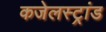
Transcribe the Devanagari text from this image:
कजेलस्ट्रांड